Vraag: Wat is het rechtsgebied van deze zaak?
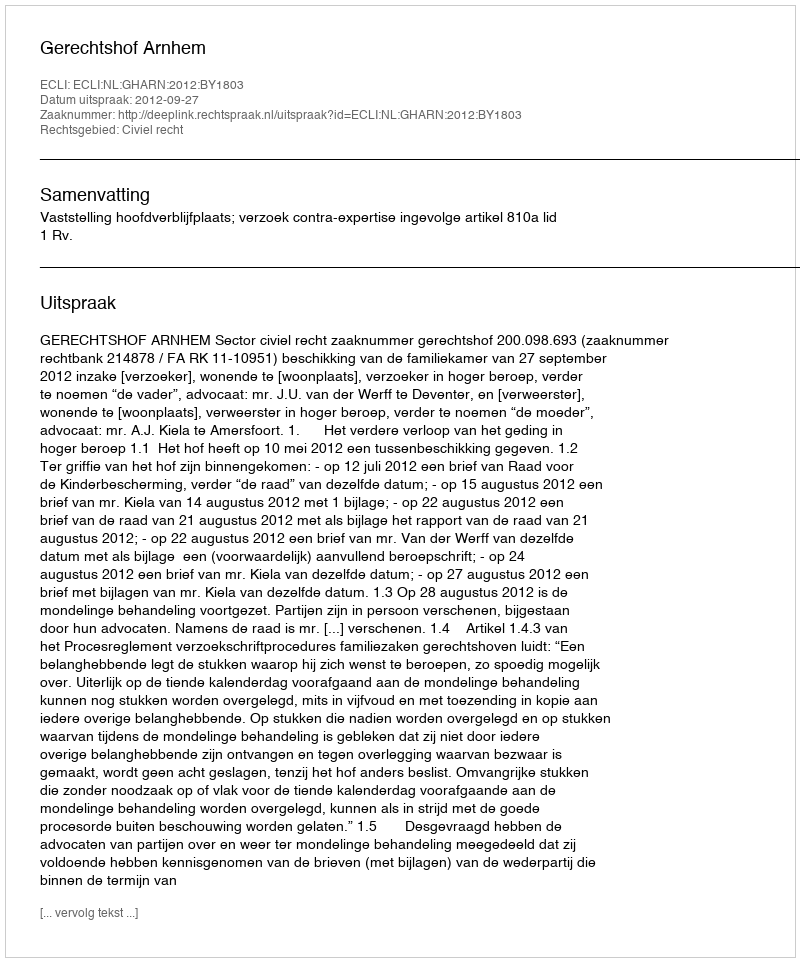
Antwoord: Civiel recht